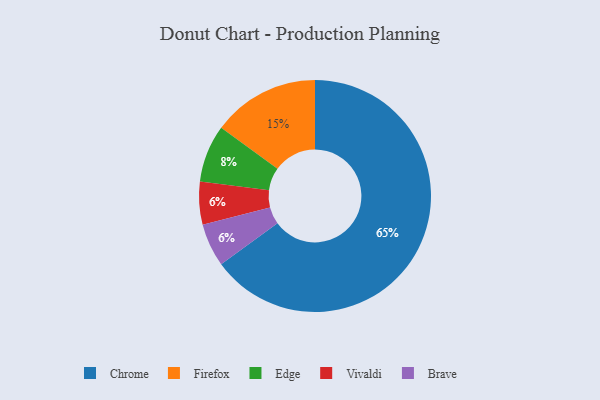
{"axis": {"x": "Category", "y": "Percentage"}, "legend": ["Brave", "Chrome", "Edge", "Firefox", "Vivaldi"], "data": [{"x": "Chrome", "y": 65, "type": "Chrome"}, {"x": "Vivaldi", "y": 6, "type": "Vivaldi"}, {"x": "Brave", "y": 6, "type": "Brave"}, {"x": "Firefox", "y": 15, "type": "Firefox"}, {"x": "Edge", "y": 8, "type": "Edge"}]}